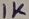
Text: 1K